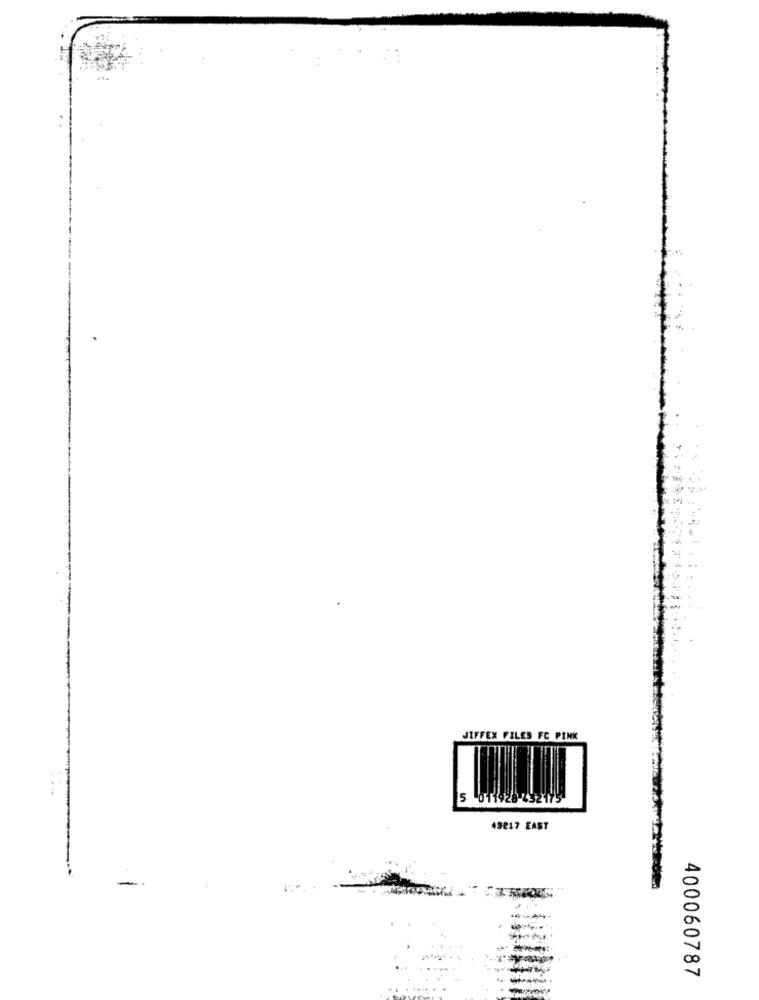
JIFFEX FILES FC PINK
5 011
49217 EAST
400060787